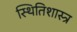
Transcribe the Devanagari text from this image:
स्थितिशास्त्र